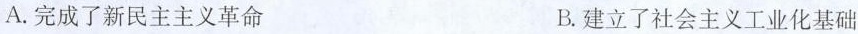
A.完成了新民主主义革命 B.建立了社会主义工业化基础